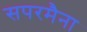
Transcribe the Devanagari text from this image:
सपरमैना